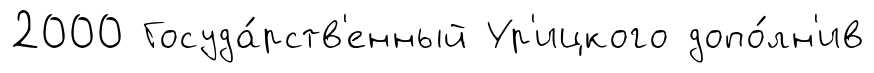
2000 Госуда́рств'енный Ур'ицкого допо́лн'ив